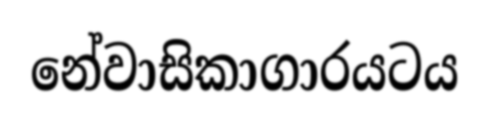
නේවාසිකාගාරයටය